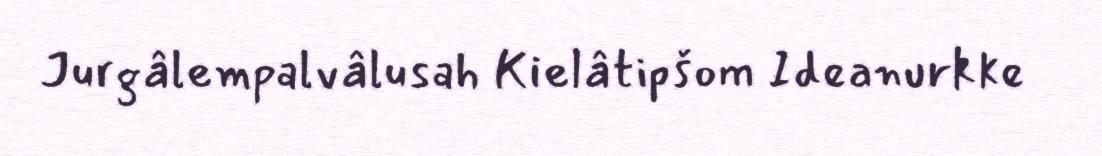
Jurgâlempalvâlusah Kielâtipšom Ideanurkke